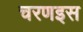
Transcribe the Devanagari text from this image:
चरणइस